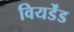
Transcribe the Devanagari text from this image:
वियर्डेंड